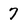
Character: 7